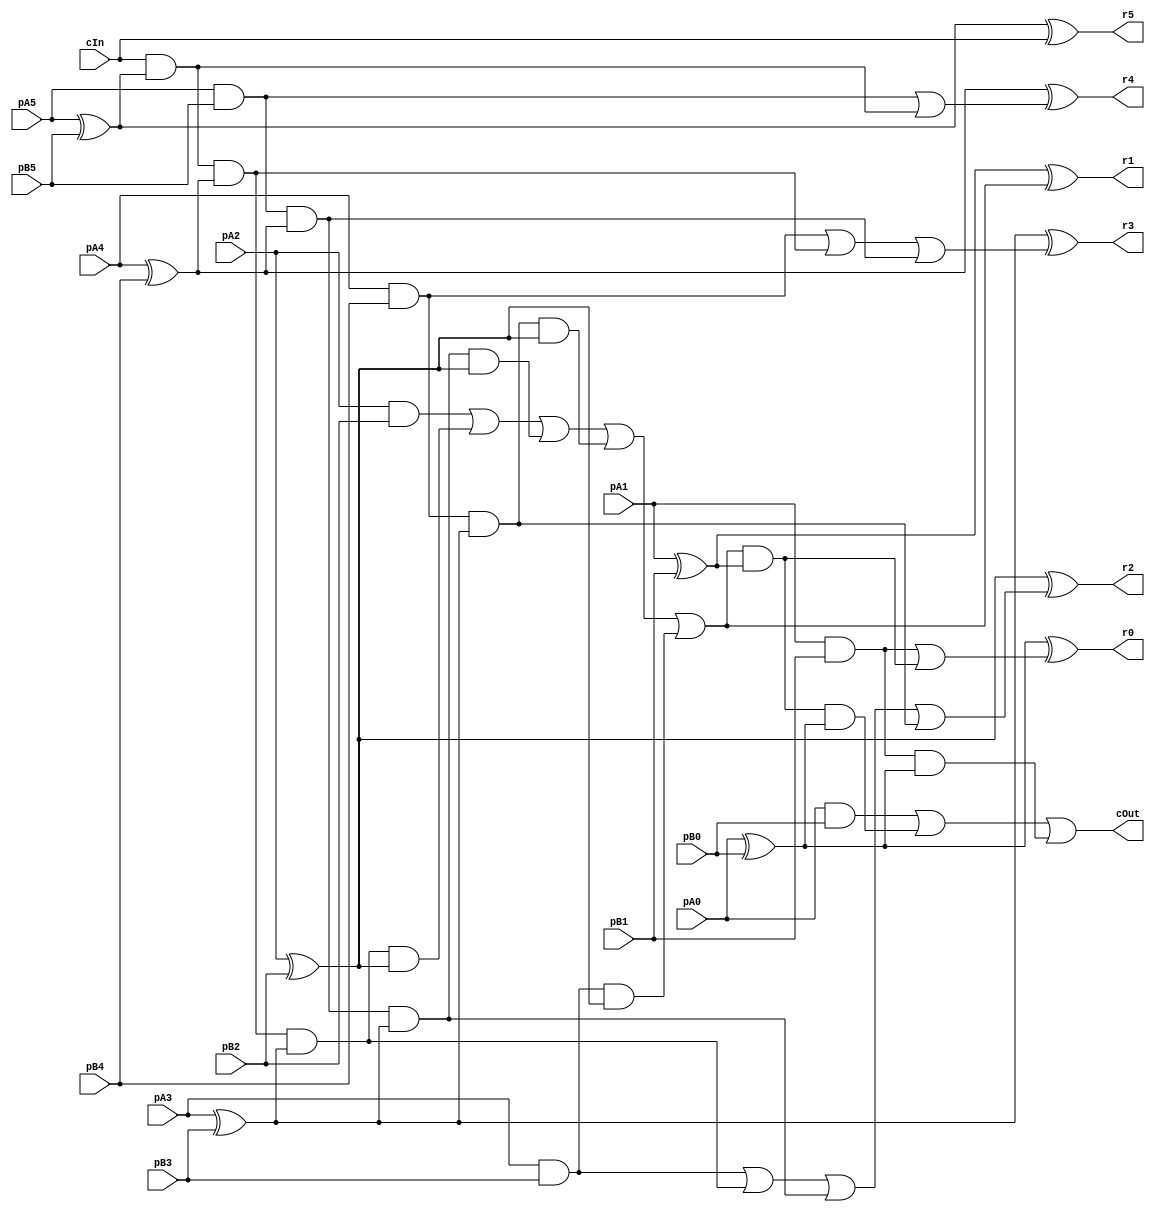
module CCarryLookaheadBlock_6_6_6_InOutT(pA5,pA4,pA3,pA2,pA1,pA0, pB5,pB4,pB3,pB2,pB1,pB0, r5,r4,r3,r2,r1,r0, cIn, cOut);

input pA5,pA4,pA3,pA2,pA1,pA0, pB5,pB4,pB3,pB2,pB1,pB0, cIn;
output r5,r4,r3,r2,r1,r0, cOut;
wire w1, w2, w3, w4, w5, w6, w7, w8, w9, w10, w11, w12, w13, w14, w15, w16, w17, w18, w19, w20, w21, w22, w23, w24, w25, w26, w27, w28, w29, w30, w31, w32, w33, w34, w35, w36, w37, w38, w39, w40, w41, w42, w43, w44, w45, w46, w47, w48, w49, w50, w51, w52, r4294967295;

assign w1 = pA5;
assign w2 = pA4;
assign w3 = pA3;
assign w4 = pA2;
assign w5 = pA1;
assign w6 = pA0;
assign w7 = pB5;
assign w8 = pB4;
assign w9 = pB3;
assign w10 = pB2;
assign w11 = pB1;
assign w12 = pB0;
assign r5 = w13;
assign r4 = w14;
assign r3 = w15;
assign r2 = w16;
assign r1 = w17;
assign r0 = w18;
assign r4294967295 = w19;
assign w20 = cIn;
assign cOut = w19;

assign w22 = w1 ^ w7;
assign w28 = w1 & w7;
assign w23 = w2 ^ w8;
assign w29 = w2 & w8;
assign w24 = w3 ^ w9;
assign w30 = w3 & w9;
assign w25 = w4 ^ w10;
assign w31 = w4 & w10;
assign w26 = w5 ^ w11;
assign w32 = w5 & w11;
assign w27 = w6 ^ w12;
assign w33 = w6 & w12;
assign w40 = w20 & w22;
assign w41 = w20 & w22 & w23;
assign w42 = w28 & w23;
assign w43 = w20 & w22 & w23 & w24;
assign w44 = w28 & w23 & w24;
assign w45 = w29 & w24;
assign w46 = w20 & w22 & w23 & w24 & w25;
assign w47 = w28 & w23 & w24 & w25;
assign w48 = w29 & w24 & w25;
assign w49 = w30 & w25;
assign w34 = w28 | w40;
assign w35 = w29 | w41 | w42;
assign w36 = w30 | w43 | w44 | w45;
assign w37 = w31 | w46 | w47 | w48 | w49;
assign w50 = w37 & w26;
assign w51 = w37 & w26 & w27;
assign w52 = w32 & w27;
assign w38 = w32 | w50;
assign w39 = w33 | w51 | w52;
assign w13 = w22 ^ w20;
assign w14 = w23 ^ w34;
assign w15 = w24 ^ w35;
assign w16 = w25 ^ w36;
assign w17 = w26 ^ w37;
assign w18 = w27 ^ w38;
assign w19 = w39;

endmodule